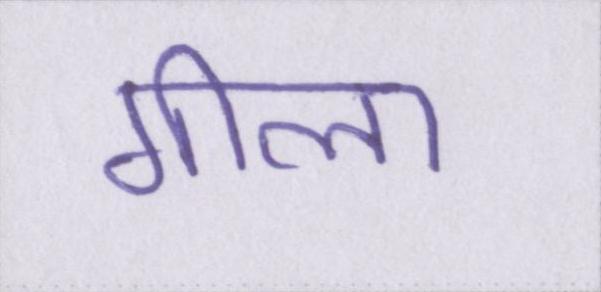
गीला